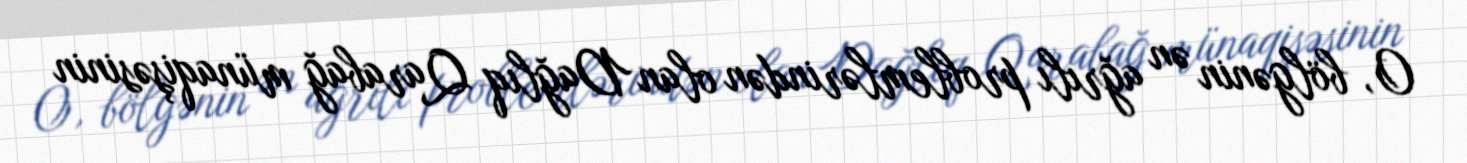
O, bölgənin ən ağrılı problemlərindən olan Dağlıq Qarabağ münaqişəsinin